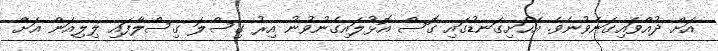
އަށް ދުއްވައިގަނެވުނެވެ. އެހަށިގަނޑުގައި ގޮސް އޮޅުލައިގެނުވުނު އިރު ގިސްލަ ގިސްލާފައި ލިލިއަން އަށް